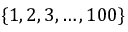
\{ 1 , 2 , 3 , \ldots , 1 0 0 \}